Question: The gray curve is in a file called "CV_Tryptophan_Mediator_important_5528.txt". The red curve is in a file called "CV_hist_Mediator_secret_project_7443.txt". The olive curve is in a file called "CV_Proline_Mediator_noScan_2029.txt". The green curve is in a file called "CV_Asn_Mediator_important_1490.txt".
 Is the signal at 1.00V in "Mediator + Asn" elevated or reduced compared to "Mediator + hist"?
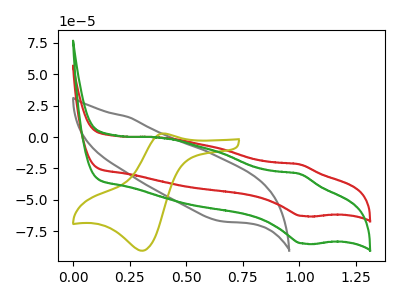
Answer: <think>The gray curve "Mediator + Tryptophan" has no peaks. The red curve "Mediator + hist" has an anodic peak at (1.00V, -21.75uA) and a cathodic peak at (1.00V, -62.90uA). The olive curve "Mediator + Proline" has an anodic peak at (0.40V, 2.85uA) and a cathodic peak at (0.30V, -90.60uA). The green curve "Mediator + Asn" has an anodic peak at (1.00V, -29.35uA) and a cathodic peak at (1.00V, -84.80uA).</think>
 <answer>The peak at 1.00V is lower in "Mediator + Asn" than in "Mediator + hist".</answer>
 <eval>lower</eval>